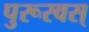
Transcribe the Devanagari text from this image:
पुरूरवस्